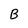
Character: B